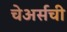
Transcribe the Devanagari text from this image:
चेअर्सची